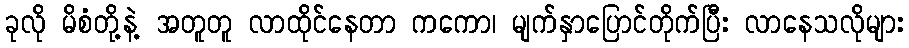
ခုလို မိစံတို့နဲ့ အတူတူ လာထိုင်နေတာ ကကော၊ မျက်နှာပြောင်တိုက်ပြီး လာနေသလိုများ